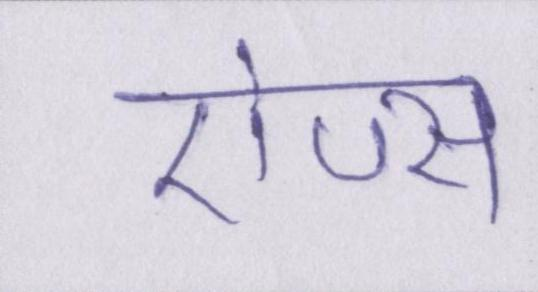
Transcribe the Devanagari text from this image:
ऐप्स